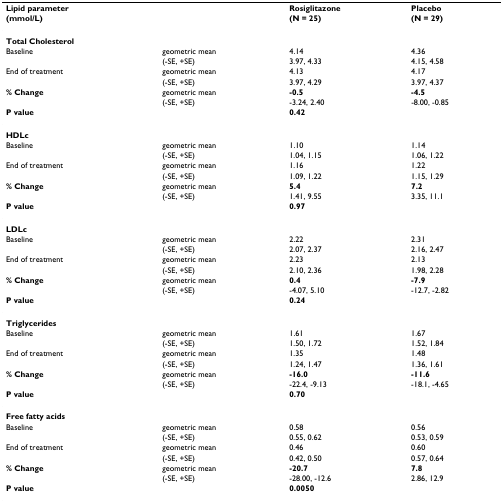
<table><thead><tr><td><b>Lipid parameter</b></td><td></td><td><b>Rosiglitazone</b></td><td><b>Placebo</b></td></tr><tr><td><b>(mmol/L)</b></td><td></td><td><b>(N = 25)</b></td><td><b>(N = 29)</b></td></tr></thead><tbody><tr><td><b>Total Cholesterol</b></td><td></td><td></td><td></td></tr><tr><td>Baseline</td><td>geometric mean</td><td>4.14</td><td>4.36</td></tr><tr><td></td><td>(-SE, +SE)</td><td>3.97, 4.33</td><td>4.15, 4.58</td></tr><tr><td>End of treatment</td><td>geometric mean</td><td>4.13</td><td>4.17</td></tr><tr><td></td><td>(-SE, +SE)</td><td>3.97, 4.29</td><td>3.97, 4.37</td></tr><tr><td><b>% Change</b></td><td>geometric mean</td><td><b>-0.5</b></td><td><b>-4.5</b></td></tr><tr><td></td><td>(-SE, +SE)</td><td>-3.24, 2.40</td><td>-8.00, -0.85</td></tr><tr><td><b>P value</b></td><td></td><td><b>0.42</b></td><td></td></tr><tr><td><b>HDLc</b></td><td></td><td></td><td></td></tr><tr><td>Baseline</td><td>geometric mean</td><td>1.10</td><td>1.14</td></tr><tr><td></td><td>(-SE, +SE)</td><td>1.04, 1.15</td><td>1.06, 1.22</td></tr><tr><td>End of treatment</td><td>geometric mean</td><td>1.16</td><td>1.22</td></tr><tr><td></td><td>(-SE, +SE)</td><td>1.09, 1.22</td><td>1.15, 1.29</td></tr><tr><td><b>% Change</b></td><td>geometric mean</td><td><b>5.4</b></td><td><b>7.2</b></td></tr><tr><td></td><td>(-SE, +SE)</td><td>1.41, 9.55</td><td>3.35, 11.1</td></tr><tr><td><b>P value</b></td><td></td><td><b>0.97</b></td><td></td></tr><tr><td><b>LDLc</b></td><td></td><td></td><td></td></tr><tr><td>Baseline</td><td>geometric mean</td><td>2.22</td><td>2.31</td></tr><tr><td></td><td>(-SE, +SE)</td><td>2.07, 2.37</td><td>2.16, 2.47</td></tr><tr><td>End of treatment</td><td>geometric mean</td><td>2.23</td><td>2.13</td></tr><tr><td></td><td>(-SE, +SE)</td><td>2.10, 2.36</td><td>1.98, 2.28</td></tr><tr><td><b>% Change</b></td><td>geometric mean</td><td><b>0.4</b></td><td><b>-7.9</b></td></tr><tr><td></td><td>(-SE, +SE)</td><td>-4.07, 5.10</td><td>-12.7, -2.82</td></tr><tr><td><b>P value</b></td><td></td><td><b>0.24</b></td><td></td></tr><tr><td><b>Triglycerides</b></td><td></td><td></td><td></td></tr><tr><td>Baseline</td><td>geometric mean</td><td>1.61</td><td>1.67</td></tr><tr><td></td><td>(-SE, +SE)</td><td>1.50, 1.72</td><td>1.52, 1.84</td></tr><tr><td>End of treatment</td><td>geometric mean</td><td>1.35</td><td>1.48</td></tr><tr><td></td><td>(-SE, +SE)</td><td>1.24, 1.47</td><td>1.36, 1.61</td></tr><tr><td><b>% Change</b></td><td>geometric mean</td><td><b>-16.0</b></td><td><b>-11.6</b></td></tr><tr><td></td><td>(-SE, +SE)</td><td>-22.4, -9.13</td><td>-18.1, -4.65</td></tr><tr><td><b>P value</b></td><td></td><td><b>0.70</b></td><td></td></tr><tr><td><b>Free fatty acids</b></td><td></td><td></td><td></td></tr><tr><td>Baseline</td><td>geometric mean</td><td>0.58</td><td>0.56</td></tr><tr><td></td><td>(-SE, +SE)</td><td>0.55, 0.62</td><td>0.53, 0.59</td></tr><tr><td>End of treatment</td><td>geometric mean</td><td>0.46</td><td>0.60</td></tr><tr><td></td><td>(-SE, +SE)</td><td>0.42, 0.50</td><td>0.57, 0.64</td></tr><tr><td><b>% Change</b></td><td>geometric mean</td><td><b>-20.7</b></td><td><b>7.8</b></td></tr><tr><td></td><td>(-SE, +SE)</td><td>-28.00, -12.6</td><td>2.86, 12.9</td></tr><tr><td><b>P value</b></td><td></td><td><b>0.0050</b></td><td></td></tr></tbody></table>